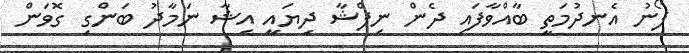
ފޯނު އެނދުމަތީ ބާއްވާފައި ދެން ނިފްޝާ ދިޔައީ އިޝާ ނަމާދު ބަންގި ގޮވަން